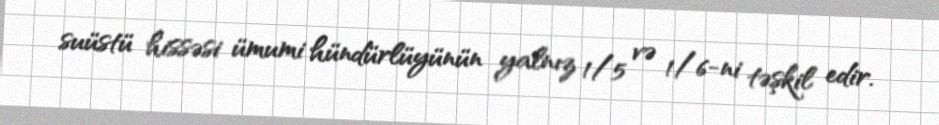
suüstü hissəsi ümumi hündürlüyünün yalnız 1/5 və 1/6-ni təşkil edir.